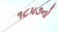
૧૮૫૭નો